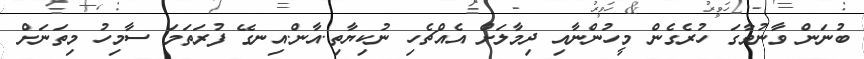
ބުނަން ވާނުވާގަ ހުރެގެން މީހުންނާއި ދިމާލަށް އެއްޗެހި ނުކިޔާތި.އާން.އިނގޭ ފުރަތަމަ ސާމިހު މިތަނަށް